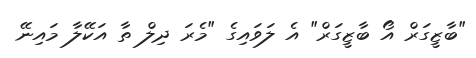
"ބާޒީގަރް އޯ ބާޒީގަރް" އެ ލަވައިގެ "މެރަ ދިލް ތާ އަކޭލާ މައިނޭ